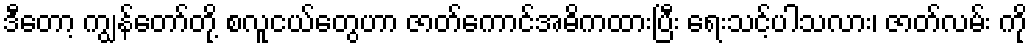
ဒီတော့ ကျွန်တော်တို့ စလူငယ်တွေဟာ ဇာတ်ကောင်အဓိကထားပြီး ရေးသင့်ပါသလား၊ ဇာတ်လမ်း ကို